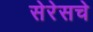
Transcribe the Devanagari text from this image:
सेरेसचे